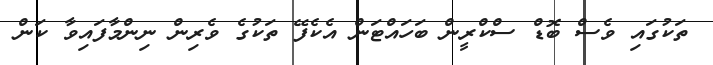
ތަކުގައި ވެސް ބޮޑް ސްކްރީން ބަހައްޓަން އެކެފޭ ތަކުގެ ވެރިން ނިންމާފައިވާ ކަން